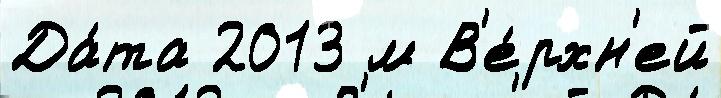
Да́та 2013 м В'е́рхн'ей